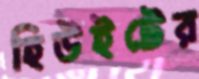
হিউইটের